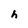
Character: h